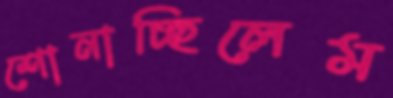
শোনাচ্ছিলেম